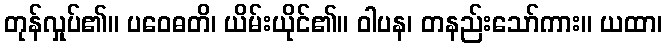
တုန်လှုပ်၏။ ပဝေဓတိ၊ ယိမ်းယိုင်၏။ ဝါပန၊ တနည်းသော်ကား။ ယထာ၊